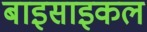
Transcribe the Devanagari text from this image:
बाइसाइकल